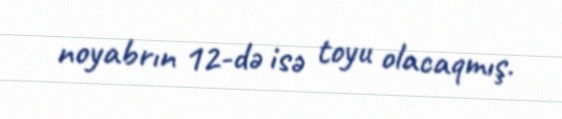
noyabrın 12-də isə toyu olacaqmış.